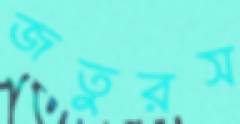
জতুরস